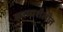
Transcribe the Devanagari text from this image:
काव्यशैलीत